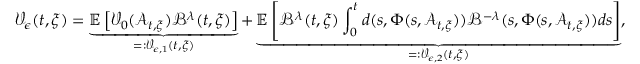
\mathcal { V } _ { \epsilon } ( t , \xi ) = \underbrace { \mathbb { E } \left[ \mathcal { V } _ { 0 } ( \mathcal { A } _ { t , \xi } ) \mathcal { B } ^ { \lambda } ( t , \xi ) \right] } _ { = : \mathcal { V } _ { \epsilon , 1 } ( t , \xi ) } + \underbrace { \mathbb { E } \left[ \mathcal { B } ^ { \lambda } ( t , \xi ) \int _ { 0 } ^ { t } d ( s , \Phi ( s , \mathcal { A } _ { t , \xi } ) ) \mathcal { B } ^ { - \lambda } ( s , \Phi ( s , \mathcal { A } _ { t , \xi } ) ) d s \right] } _ { = : \mathcal { V } _ { \epsilon , 2 } ( t , \xi ) } ,